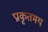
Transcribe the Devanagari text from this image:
प्राकृतमय